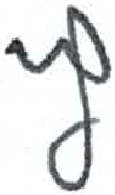
אות: ץ